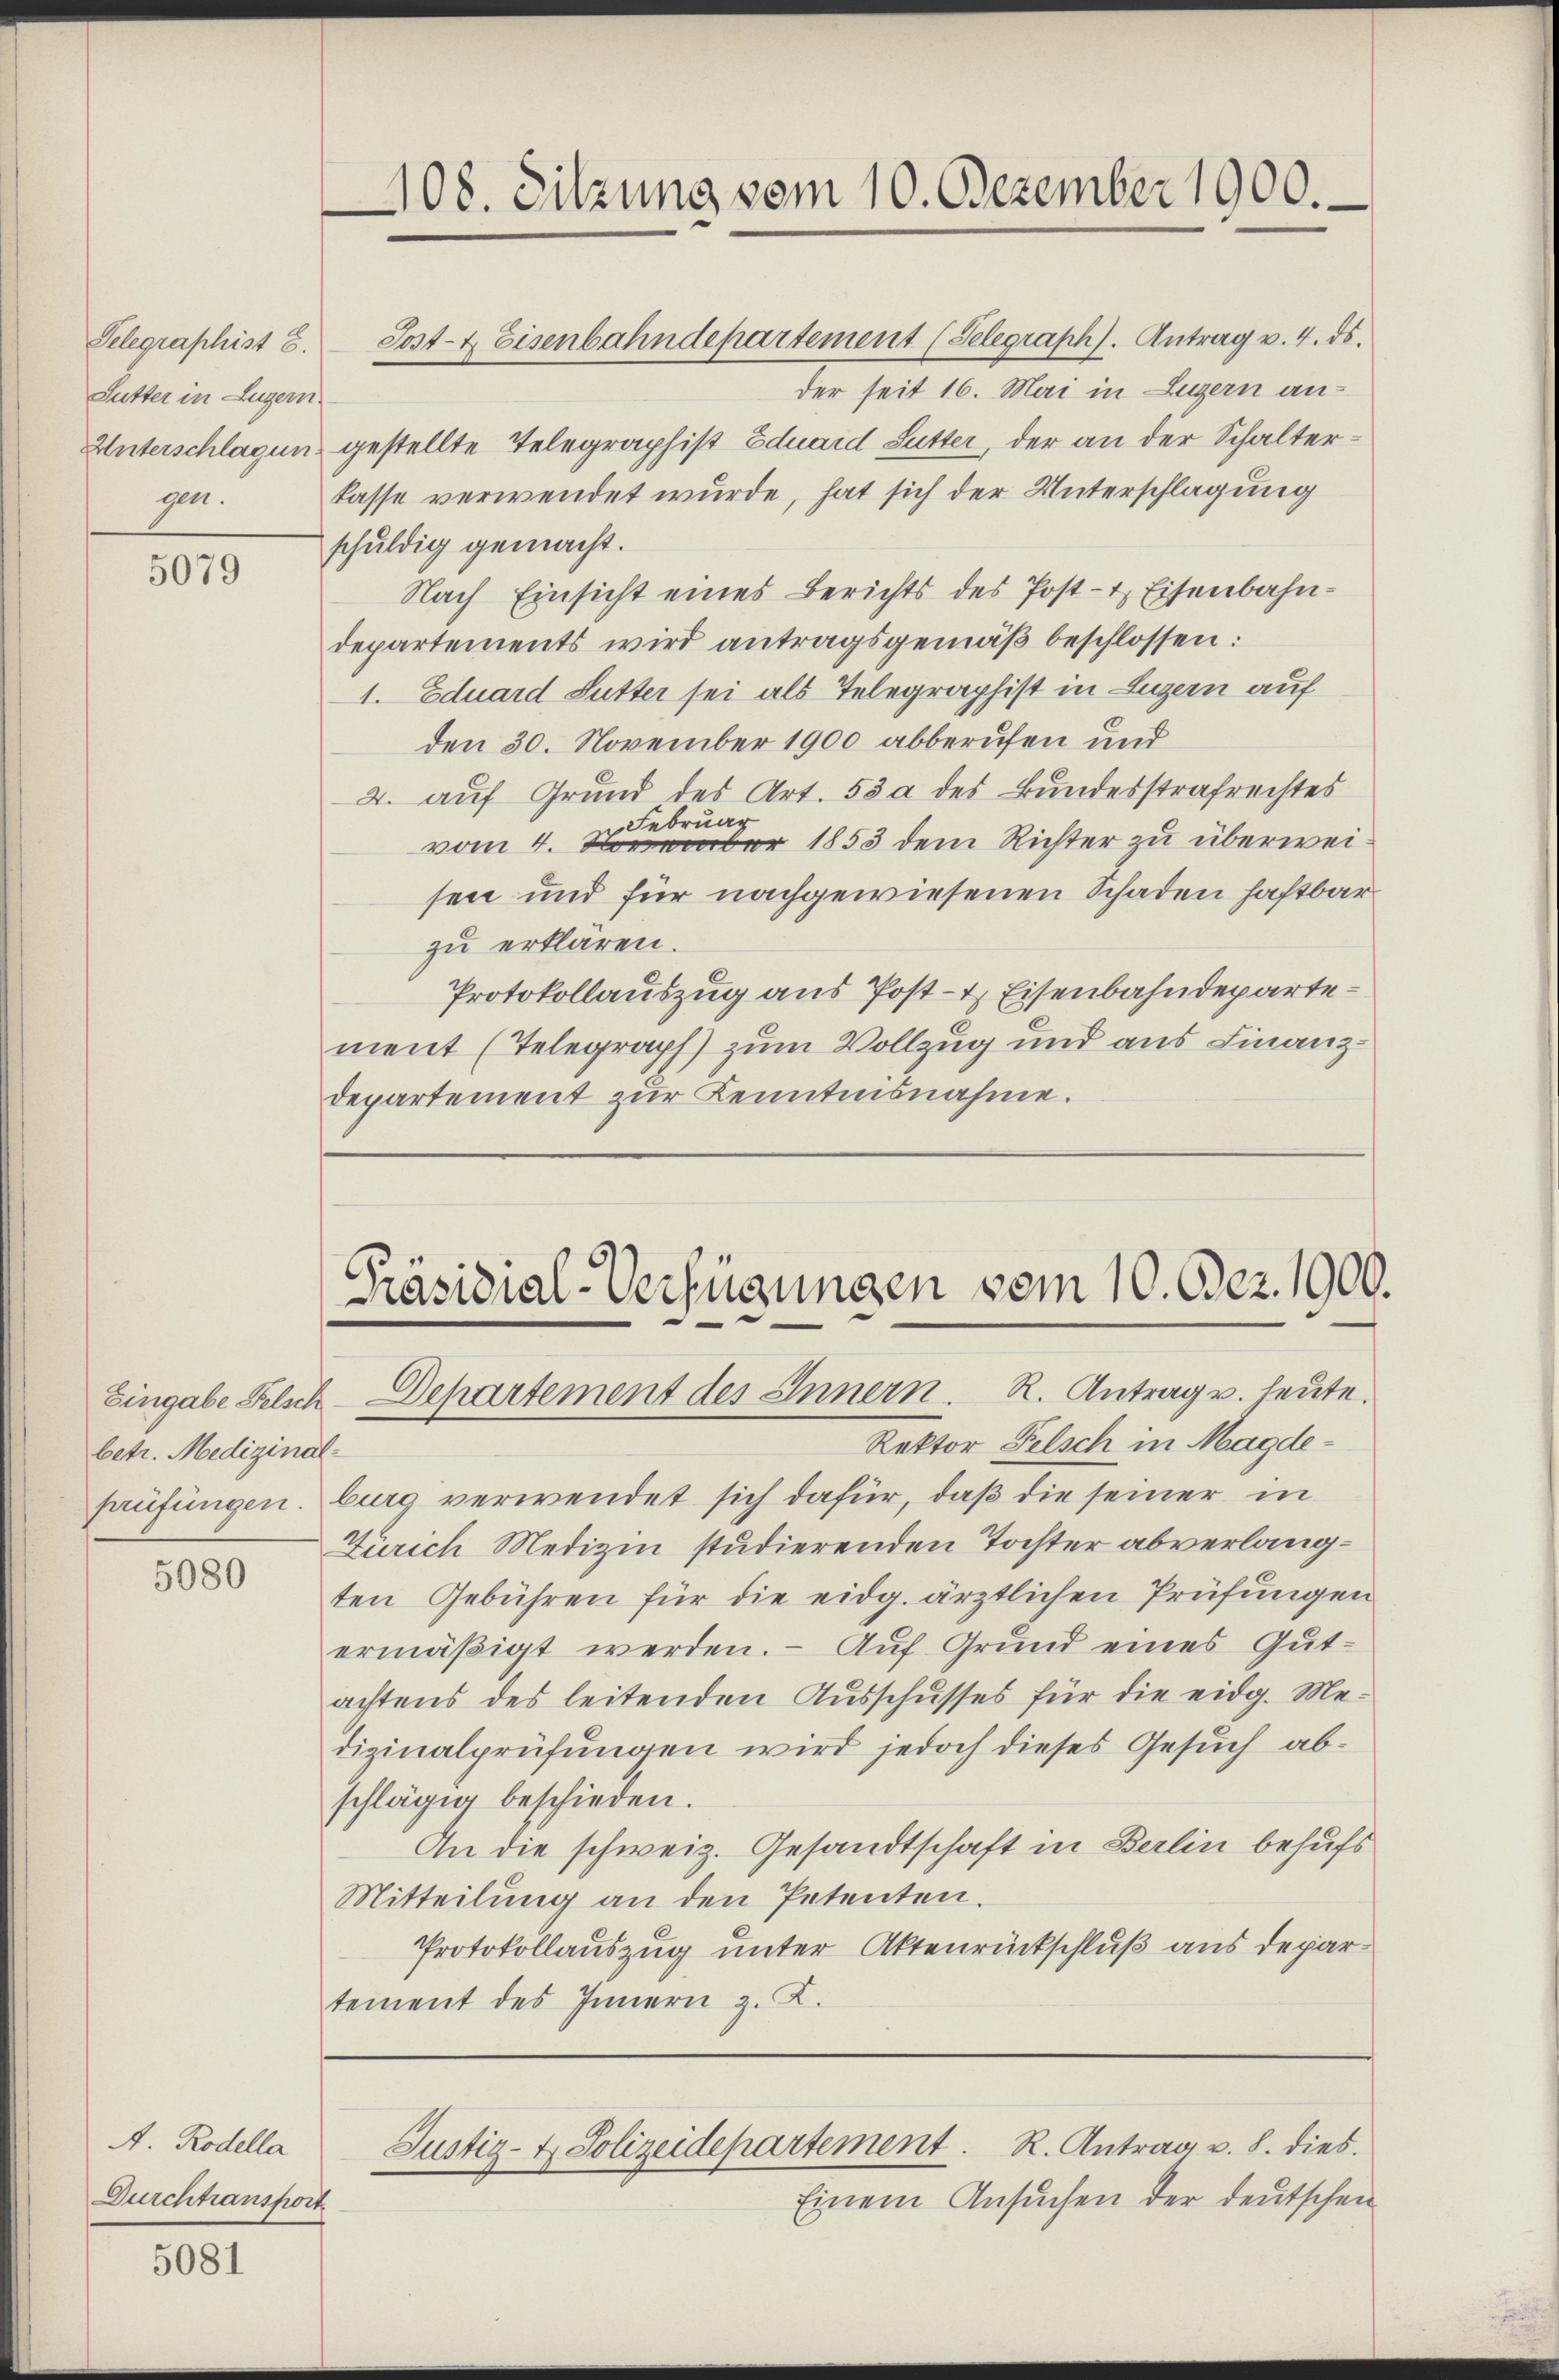
Sutter in Luzern
gen.

5079

Eingabe Felsch
betr. Medizinal-
prüfungen.

5080

A. Rodella
Durchtransport

5081

Telegraphist 8. Post- & Eisenbahndepartement (Selegraph). Antrag v. 4. ds.
der seit 16. Mai in Luzern an¬
Unterschlagen gestellte Telegraphist Eduard Sutter, der an der Schalterkasse verwendet wurde, hat sich der Unterschlagung
schuldig gemacht.
Nach Einsicht eines Berichts des Post- & Eisenbahndepartements wird antragsgemäß beschlossen:
1. Eduard Sutter sei als Telegraphist in Luzern auf
den 30. November 1900 abberufen und
2. auf Grund des Art. 53 a des Bundesstrafrechtes
Februar
vom 4. November 1853 dem Richter zu überweisen und für nachgewiesenen Schaden haftbar
zu erklären.
Protokollauszug aus Post- & Eisenbahndepartement (Telegraph) zum Vollzug und aus Finanzdepartement zur Kenntnisnahme.

Rektor Felsch in Magdeburg verwendet sich dafür, daß die seiner in
Zürich Medizin studierenden Tochter abverlangten Gebühren für die eidg. ärztlichen Prüfungen
ermäßigt werden. - Auf Grund eines Gut-
achtens des leitenden Ausschusses für die eidg. Medizinalprüfungen wird jedoch dieses Gesuch abschlägig beschieden.
An die schweiz. Gesandtschaft in Berlin behufs
Mitteilung an den Petenten.
Protokollauszug unter Aktenrückschluß aus depar
tement des Innern z. B.

408. Sitzung vom 10. Dezember 1900.

Präsidial-Verfügungen vom 10. Dez. 1900.
 Dehartement des Innern. R. Antrage heute.

Justiz- & Polizeidepartement. R. Antrag v. 8. dies

Einem Ansuchen der deutschen